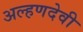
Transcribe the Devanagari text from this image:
अल्हणदेवी